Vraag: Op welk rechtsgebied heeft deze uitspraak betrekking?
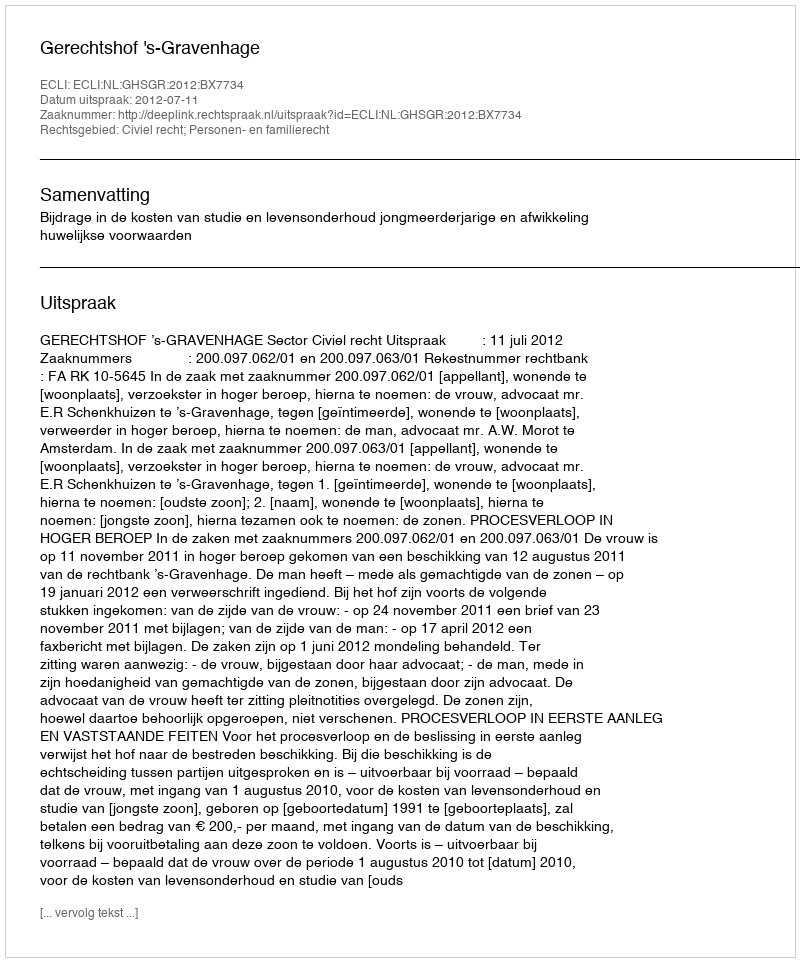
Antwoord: Civiel recht; Personen- en familierecht